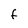
Character: F